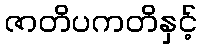
ဇာတိပကတိနှင့်